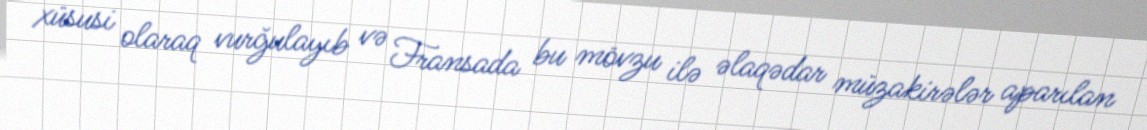
xüsusi olaraq vurğulayıb və Fransada bu mövzu ilə əlaqədar müzakirələr aparılan